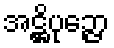
အဋ္ဌိပုဉ္ဇော